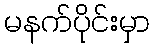
မနက်ပိုင်းမှာ